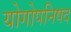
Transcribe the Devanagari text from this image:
योगोपनिषद